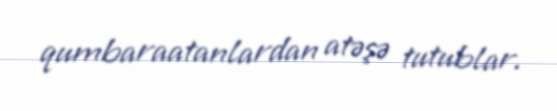
qumbaraatanlardan atəşə tutublar.